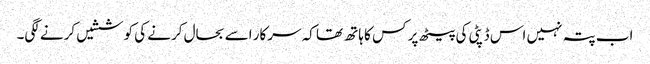
اب پتہ نہیں اس ڈپٹی کی پیٹھ پر کس کا ہاتھ تھا کہ سرکار اسے بحال کرنے کی کوششیں کرنے لگی۔